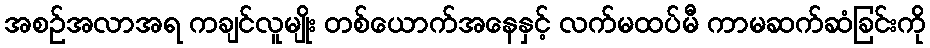
အစဉ်အလာအရ ကချင်လူမျိုး တစ်ယောက်အနေနှင့် လက်မထပ်မီ ကာမဆက်ဆံခြင်းကို